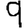
Digit: 9